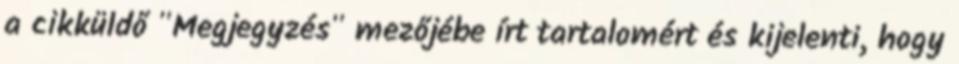
a cikküldő "Megjegyzés" mezőjébe írt tartalomért és kijelenti, hogy